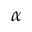
\alpha